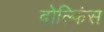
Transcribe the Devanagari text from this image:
दोल्फिंस